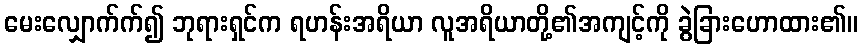
မေးလျှောက်က်၍ ဘုရားရှင်က ရဟန်းအရိယာ လူအရိယာတို့၏အကျင့်ကို ခွဲခြားဟောထား၏။